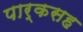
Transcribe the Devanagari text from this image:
पार्कसह